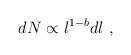
LaTeX: \begin{align*}dN\propto l^{1-b}dl\mbox\ ,\end{align*}